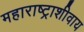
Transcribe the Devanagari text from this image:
महाराष्ट्राशीवाय